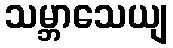
သမ္ဘာသေယျ